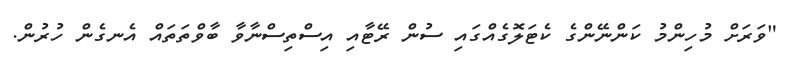
"ވަރަށް މުހިންމު ކަންނޭންގެ ކެޓަލޮގެއްގައި ސުން ރޭޓާއި އިސްތިސްނާވާ ބާވްތަތައް އެނގެން ހުރުން.